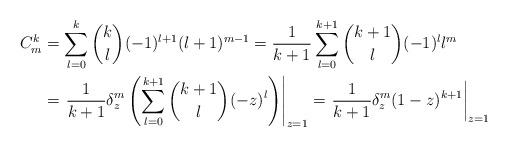
LaTeX: \begin{align*} C_m^k & = \sum_{l=0}^k\binom{k}{l}(-1)^{l+1}(l+1)^{m-1} = \frac{1}{k+1} \sum_{l=0}^{k+1}\binom{k+1}{l}(-1)^l l^m \\ & = \left.\frac{1}{k+1} \delta_z^m\left( \sum_{l=0}^{k+1}\binom{k+1}{l} (-z)^l \right)\right|_{z=1} = \left.\frac{1}{k+1} \delta_z^m (1-z)^{k+1} \right|_{z=1} \end{align*}